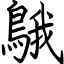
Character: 䳘